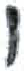
אות: ו